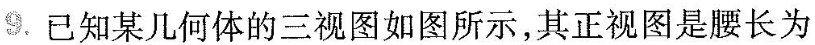
9.已知某几何体的三视图如图所示，其正视图是腰长为